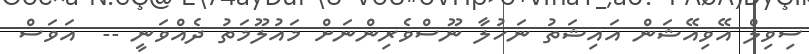
ސިވިލް އޭވިއޭޝަން އައިޝަތު ނަހުލާ ނޫސްވެރިންނަށް މައުލޫމަތު ދެއްވަނީ --  އަވަސް